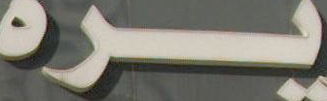
يره